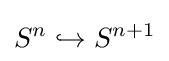
S^{n}\hookrightarrow S^{n+1}